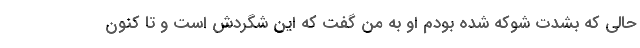
حالی که بشدت شوکه شده بودم او به من گفت که این شگردش است و تا کنون